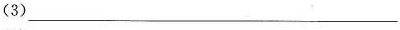
(3)___